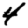
Digit: 4